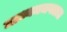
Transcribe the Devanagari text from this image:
माध्यमजगतात